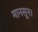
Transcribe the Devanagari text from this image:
मानसून।